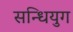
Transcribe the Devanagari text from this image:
सन्धियुग